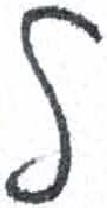
אות: ל